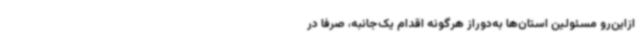
ازاین‌رو مسئولین استان‌ها به‌دوراز هرگونه اقدام یک‌جانبه، صرفاً در